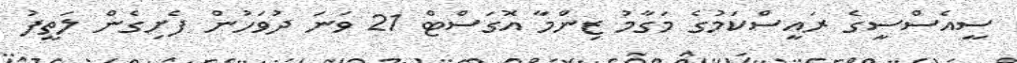
ސީއެސްސީގެ ރައީސްކަމުގެ މަގާމު ޒިންމާ އޮގަސްޓް 21 ވަނަ ދުވަހުން ފެށިގެން ލަތީފު